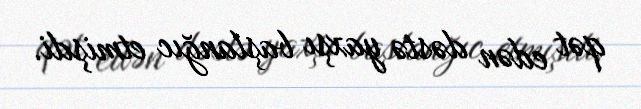
qət edən dəstə yaxşı başlanğıc etmişdi.